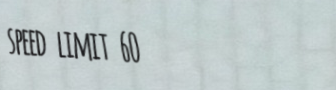
speed limit 60